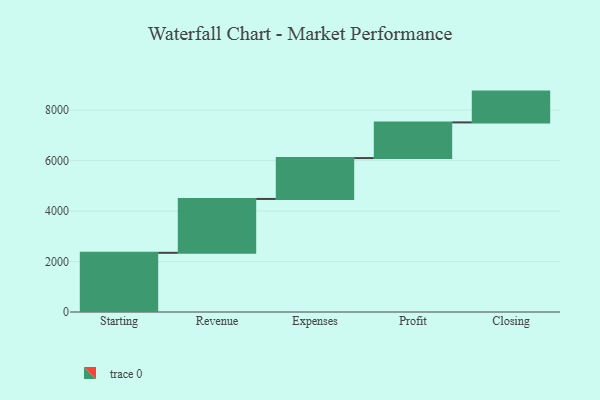
{"axis": {"x": "Step", "y": "Value"}, "legend": [""], "data": [{"x": "Starting", "y": 2346.0, "type": ""}, {"x": "Revenue", "y": 2135.0, "type": ""}, {"x": "Expenses", "y": 1620.0, "type": ""}, {"x": "Profit", "y": 1414.0, "type": ""}, {"x": "Closing", "y": 1221.0, "type": ""}]}